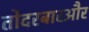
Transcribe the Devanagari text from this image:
तोदरबारऔर